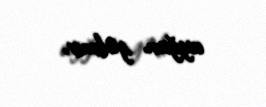
uyğun gəlmir.